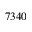
7 3 4 0